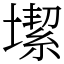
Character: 𡐤